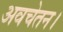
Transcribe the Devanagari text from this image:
अवचेतन।